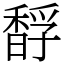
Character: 馟